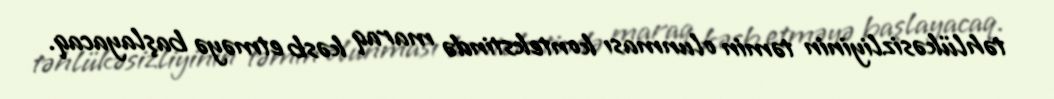
təhlükəsizliyinin təmin olunması kontekstində maraq kəsb etməyə başlayacaq.